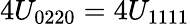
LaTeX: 4U_{0220}=4U_{1111}